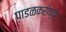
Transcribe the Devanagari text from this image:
पाडळकरांच्या